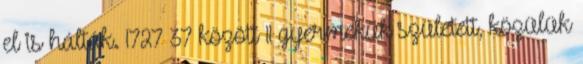
el is hálták. 1727–37 között 11 gyermekük született, közülük